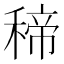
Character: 𥠒